Vital statistics of India. Vol. IV, Annual returns from 1871 to 1876. British Army of India, Native Army and jails of Bengal
Year: 1871
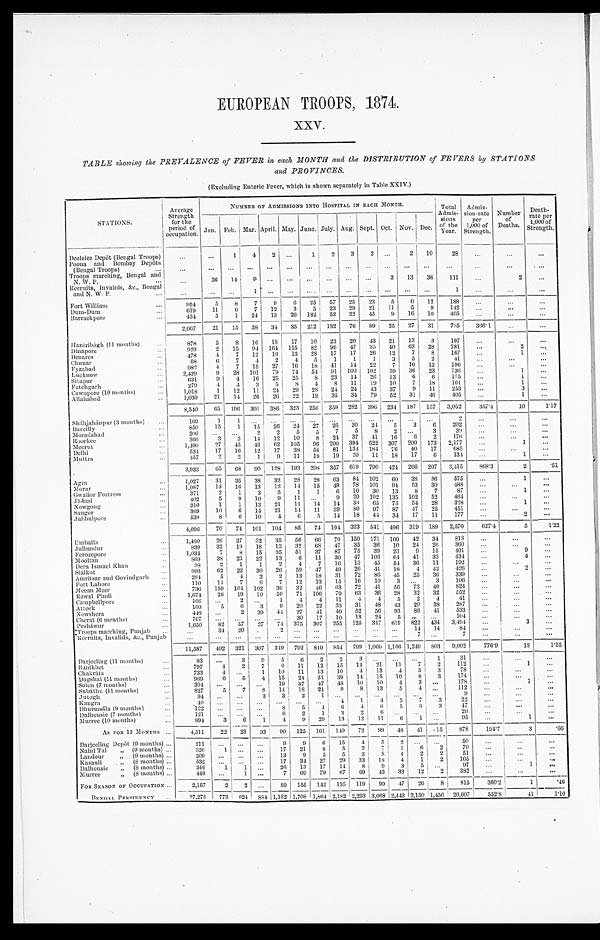
EUROPEAN TROOPS, 1874.
XXV.
TABLE showing the PREVALENCE of FEVER in each MONTH and the DISTRIBUTION of FEVERS by STATIONS
and PROVINCES.
(Excluding Enteric Fever, which is shown separately in Table XXIV.)
STATIONS.
Average
Strength
for the
period of
occupation.
NUMBER OF ADMISSIONS INTO HOSPITAL IN EACH MONTH.
Total
Admis-
sions
of the
Year.
Admis-
sion-rate
per
1,000 of
Strength.
Number
of
Deaths.
Death-
rate per
1,000 of
Strength.
Jan. Feb. Mar. April. May.
J u n e . July. Aug. Sept. Oct. Nov. Dec.
Deolalee Depôt (Bengal Troops)
. . .
. . .
1
4
2
. . .
1
2
3
3
. . .
2
10
28
. . .
. . .
. . .
Poona and Bombay Depôts
(Bengal Troops) . . .
. . .
. . .
. . .
. . .
. . .
. . .
. . .
. . .
. . .
. . .
. . .
. . .
. . .
. . .
. . .
. . .
. . .
Troops marching, Bengal and
N. W. P. . .
. . .
36
14
9
. . .
. . .
. . .
. . .
. . .
. . .
3
13
36
111
. . .
2
. . .
Recruits,Invalids,&c., Bengal
and N. W. P. . .
. . .
. . .
. . .
1
. . .
. . .
. . .
. . .
. . .
. . .
. . .
. . .
. . .
1
. . .
. . .
. . .
F o r t W i l l i a m . . .
9 5 4
5
8
7
9
6
25 57
25
23
5
6
12
188
. . .
. . .
. . .
Dum-Dum . . .
619
11
6
7
12
3
5
23
29
21
11
5
9
142
. . .
. . .
. . .
Barrackpore . . .
434
5
1
24
13
26
182
52
22
45
9
16
10
405
. . .
. . .
. . .
2,007
21
15
38
34
35
212
132
76
89
25
27
31
735
3 6 6 . 1
. . .
. . .
Hazáribágh (11 months) . . .
878
5
8
16
1 8
17
10
23
20
43
21
13
3
197
. . .
. . .
. . .
Dinapore . . .
929
2
15
94
164
115
82
96
47
35
40
63
28
781
. . .
2
. . .
Benares . . .
478
4
7
12
1 6
13
28
17
17
26
12
7
8
167
. . .
1
. . .
Chunar . . .
68
6
7
4
2
4
5
1
1
1
3
5
2
41
. . .
. . .
. . .
Fyzabad . . .
982
4
7
18
27
16
18
41
14
22
7
10
12
196
. . . . . .
. . .
Lucknow . . .
2,429
9
28
101
79
74
54
91
100
102
39
36
23
736
. . .
1
. . .
Sitapur . . .
631
9
4
16
25
25
8
23
14
26
13
6
6
175
. . .
1
. . .
Fatehgarh . . .
279
4
4
3
5
8
4
8
11
19
10
7
18
101
. . .
1
. . .
Cawnpore (10 months) . . .
1,018
1
12
11
24
29
28
24
24
43
37
9
11
253
. . .
3
. . .
Allahabad . . .
1,030
21
14
26
26
22
19
35
34
79
52
31
46
405
. . .
1
. . .
8,540
65
106
301
386
323
256
359
282
396
234
187
157
3,052
357.4
10
1.17
Sháhjahánpur (3 months) . . .
169
1
1
. . .
. . .
. . .
. . .
. . .
. . .
. . .
. . .
. . .
. . .
2
. . .
. . .
. . .
Bareilly . . .
850
15
1
15
26
24
27
26
30
24
5
3
6
202
. . .
. . .
. . .
Moradabad . . .
200
. . .
. . .
2
2
5
5
7
5
8
2
. . .
3
39
. . .
. . .
. . .
Roorkee . . .
3 6 0
3
3
14
12
10
8
24
37
41
16
6
2
176
. . .
. . .
. . .
Meerut . . .
1,490
27
45
46
62
105
96
200
394
522
307
200
173
2,177
. . .
1
. . .
Delhi . . .
534
17
16
12
17
38
54
81
133
184
76
40
17
685
. . .
. . .
. . .
Muttra . . .
457
2
2
1
9
11
18
19
20
11
18
17
6
134
. . .
1
. . .
3,933
65
68
90
128
193
208
357
619
790
424
266
207
3,415
868.3
2
.51
Agra . . .
1,027
31
35
38
32
28
28
63
84
102
60
38
36
575
. . .
1
. . .
Morar . . .
1,087
13
16
13
12
14
15
49
78
101
94
53
30
488
. . .
. . .
. . .
Gwalior Fortress . . .
371
2
1
3
5
1
1
6
10
30
13
8
7
87
. . .
1
. . .
Jhánsi . . .
402
5
9
10
9
11
. . .
9
20
102
135
102
52
464
. . .
. . .
. . .
Nowgong . . .
310
1
1
13
21
11
14
14
33
65
73
54
28
328
. . .
1
. . .
Saugor . . .
369
10
6
14
21
14
11
39
80
97
87
47
25
451
. . .
. . .
. . .
Jubbulpore . . .
530
8
6
10
4
6
5
14
18
44
34
17
11
177
. . .
2
. . .
4,096
70
74
1 0 1
104
85
74
194
323
541
496
319
189
2,570
6 2 7 . 4
5
1.22
Umballa . . .
1,480
26
27
32
35
56
66
79
150
171
100
42
34
818
. . .
. . .
. . .
Jullundur . . .
839
32
19
18
13
32
6 8
47
35
36
10
24
26
360
. . .
. . .
. . .
Ferozepore . . .
1,034
7
8
15
35
51
37
87
75
39
23
9
15
401
. . .
9
. . .
Mooltan . . .
869
38
23
22
13
6
11
30
47
106
64
41
33
434
. . .
4
. . .
Dera Ismael Khan . . .
98
2
1
1
2
4
7
16
13
45
54
36
11
192
. . .
. . .
. . .
Sialkot . . .
993
62
22
30
26
59
47
49
26
41
18
4
42
426
. . .
2
. . .
Amritsar and Govindgarh . . .
284
5
4
2
2
13
18
31
72
86
45
25
36
339
. . .
. . .
. . .
Fort Lahore . . .
110
14
7
6
7
12
13
15
16
10
3
. . .
3
106
. . .
. . .
. . .
Meean Meer . . .
736
159
104
102
36
32
46
63
72
41
56
73
40
824
. . .
. . .
. . .
Rawal Pindi . . .
1,674
26
19
10
50
71
106
79
63
36
28
32
32
552
. . .
. . .
. . .
Campbellpore . . .
166
. . .
2
. . .
1
4
4
11
4
4
5
2
4
41
. . .
. . .
. . .
Attock . . .
1 6 0
5
6
3
9
20
22
33
31
48
43
29
38
287
. . .
. . .
. . .
Nowshera . . .
4 4 8
. . .
2
39
44
27
41
49
52
56
93
89
41
533
. . .
. . .
. . .
Cherat (6 months) . . .
7 6 7
. . .
. . .
. . .
. . .
30
17
10
18
24
5
. . .
. . .
104
. . .
. . .
. . .
Pesháwur . . .
1,650
82
57
27
74
375
307
255
125
317
6 1 9 822
434
3,494
. . .
3
. . .
Troops marching, Punjab . . .
. . .
34
20
. . .
2
. . .
. . .
. . .
. . .
. . .
. . . 14
14
84
. . .
. . .
. . .
Recruits, Invalids, &c, Punjab
. . .
. . .
. . .
. . .
. . .
. . .
. . .
. . .
. . .
. . .
. . .
7
. . .
7
. . .
. . . . . .
11,587
492
321
307
349
792
810
854
799 1,060 1,166 1,249
803
9,002
776.9
18
1.55
Darjeeling (11 months) . . .
83
. . .
3
9
5
6
2
2
3
. . .
. . .
. . .
1
31
. . .
. . .
. . .
Ranikhet . . .
797
4
2
7
6
11
12
15
14
21
11
7
2
112
. . .
1
. . .
Chakráta . . .
733
4
. . .
1
10
11
13
10
4
13
4
5
3
78
. . .
. . .
. . .
Dagshai (11 months) . . .
9 6 9
6
5
4
15
24
31
39
14
15
10
8
3
174
. . .
. . .
. . .
Solon (7 months) . . .
3 0 4
. . .
. . .
. . .
19
37
47
48
10
10
4
3
. . .
178 . . .
1
. . .
Subáthu (11 months)
827
5
7
8
14
18
21
9
8
13
5
4
. . .
112
. . .
. . .
. . .
Jut ogh . . .
94
. . .
. . .
3
3
2
1
. . .
. . .
. . .
. . .
. . .
. . .
9
. . .
. . . . . .
Kangra . . .
4 9
. . .
. . .
. . .
. . .
. . .
. . .
4
1
4
3
7
3
22 . . .
. . .
. . .
Dhurmsála (9 months) . . .
122
. . .
. . .
. . .
8
5
4
6
4
6
5
6
3
47 . . .
. . .
. . .
Dalhousie (7 months) . . .
1 2 1
. . .
. . .
. . .
6
2
1
3
2
6
. . .
. . .
. . .
20
. . .
. . . . . .
Murree (10 months) . . .
894
3
6
1
4
9
29
13
12
11
6
1
. . .
95
. . .
1
. . .
AS FOR 12 MONTHS . . .
4 , 5 1 1
22
23
33 90
125
161
149
72
99
4 8
41 .15
878
1 9 4 . 7
3
.66
Darjeeling Depôt (9 months) . . .
211
. . .
. . .
. . .9
9
6
15
4
5
2
. . .
. . .
50
. . .
. . .
. . .
Naini Tal " (9 months) . . .
320
1
. . .
. . .
17
21
8
5
2
7
1
6
2
70
. . .
. . .
. . .
Landour " (9 months) . . .
209
. . .
. . .
. . .
13
9
5
5
3
8
4
2
2
51
. . .
. . .
. . .
Kasauli " (8 months) . . .
5 3 2
. . .
. . .
. . .
17
34
27
29
33
18
4
1
2
165
. . .
. . .
. . .
Dalhousie " (8 months) . . .
346
1
1
. . .
26
13
17
14
8
9
3
5
. . .
97
. . .
1
. . .
Murree " (8 months) . . .
440
. . .
1
. . .
7
69
79
67
69
43
33
12
2
382
. . .
. . .
. . .
FOR SEASON OF OCCUPATION . . .
2,157
2
2
. . .
8 9 155
142
135
119
90
47
26
8
815
360.2
1
. 4 6
BENGAL PERSIDENCY . . .
37,278
773 624
8 8 41,182
1,708 1,864 2,182 2,293 3,068 2,443 2,130 1,456
20,607
552.8
4 1
1.10